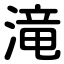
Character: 滝